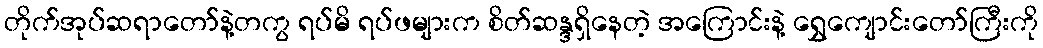
တိုက်အုပ်ဆရာတော်နဲ့တကွ ရပ်မိ ရပ်ဖများက စိတ်ဆန္ဒရှိနေတဲ့ အကြောင်းနဲ့ ရွှေကျောင်းတော်ကြီးကို